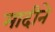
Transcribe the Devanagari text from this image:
मादीने